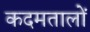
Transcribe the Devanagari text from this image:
कदमतालों